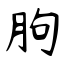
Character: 朐